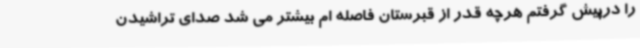
را درپیش گرفتم هرچه قدر از قبرستان فاصله ام بیشتر می شد صدای تراشیدن